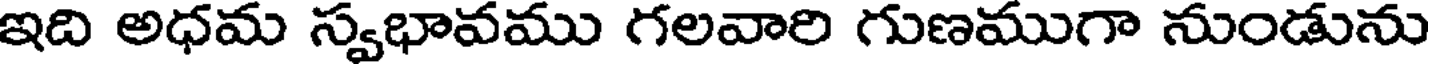
ఇది అధమ స్వభావము గలవారి గుణముగా నుండును